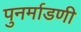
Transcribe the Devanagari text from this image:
पुनर्माडणी